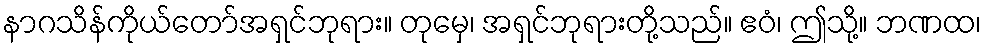
နာဂသိန်ကိုယ်တော်အရှင်ဘုရား။ တုမှေ၊ အရှင်ဘုရားတို့သည်။ ဧဝံ၊ ဤသို့။ ဘဏထ၊